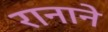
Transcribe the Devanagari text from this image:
रानाने